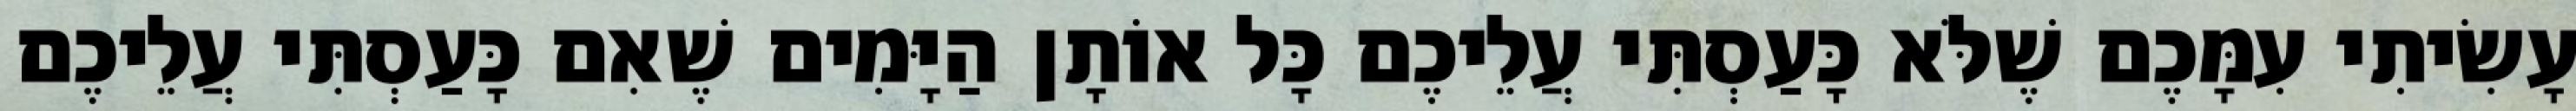
עָשִׂיתִי עִמָּכֶם שֶׁלֹּא כָּעַסְתִּי עֲלֵיכֶם כָּל אוֹתָן הַיָּמִים שֶׁאִם כָּעַסְתִּי עֲלֵיכֶם